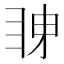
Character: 𭻋